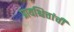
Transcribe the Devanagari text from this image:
प्रायश्चित्तांची